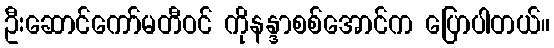
ဦးဆောင်ကော်မတီဝင် ကိုနန္ဒာစစ်အောင်က ပြောပါတယ်။